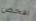
افحص